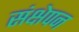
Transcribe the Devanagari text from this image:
संक्षेपन